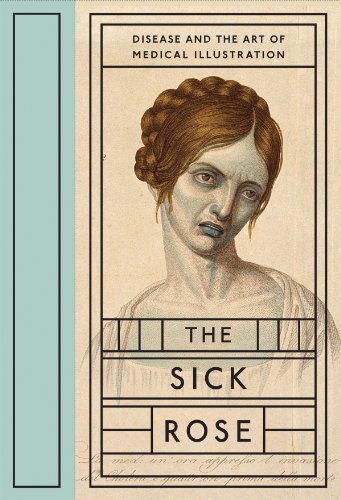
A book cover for The Sick Rose: Disease and the Art of Medical Illustration; Richard Barnett; Humor & Entertainment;